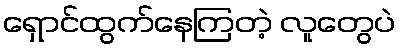
ရှောင်ထွက်နေကြတဲ့ လူတွေပဲ